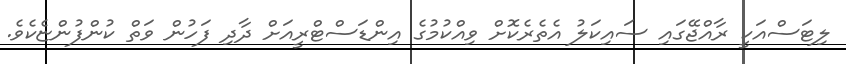
ލިޓަސްއަކީ ރާއްޖޭގައި ސައިކަލު އެތެރެކޮށް ވިއްކުމުގެ އިންޑަސްޓްރީއަށް ދާދި ފަހުން ވަތް ކުންފުންޏެކެވެ.